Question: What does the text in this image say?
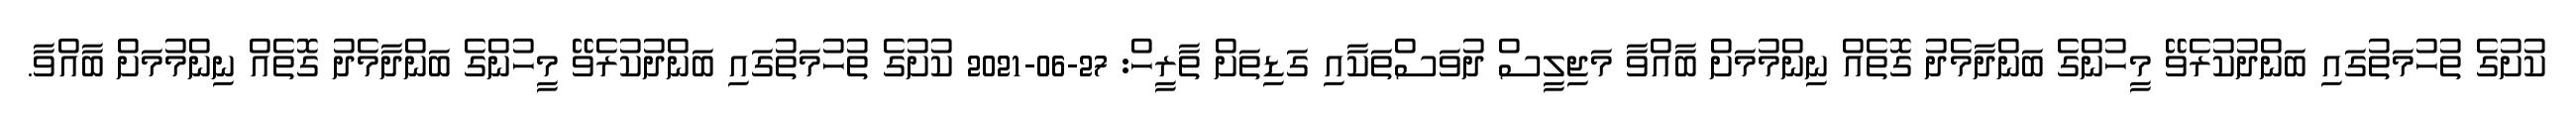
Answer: ކުށުގެ ތުހުމަތުގައި ބަންދުކުރެވޭ މީހުންގެ ބަންދާމެދު ގޮތެއް ނިންމުމަށް ބާއްވާ މަޖިލީސް ދުވަސްތަކާއި ގަޑިތަށް ތާރީހް: 27-06-2021 ކުށުގެ ތުހުމަތުގައި ބަންދުކުރެވޭ މީހުންގެ ބަންދާމެދު ގޮތެއް ނިންމުމަށް ބާއްވާ.